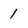
Character: 1